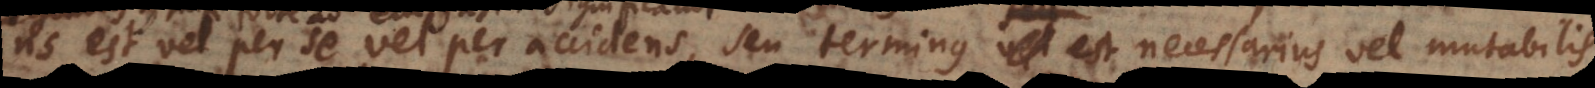
s est vel per se vel per accidens, seu terminus est necessarius vel mutabilis.